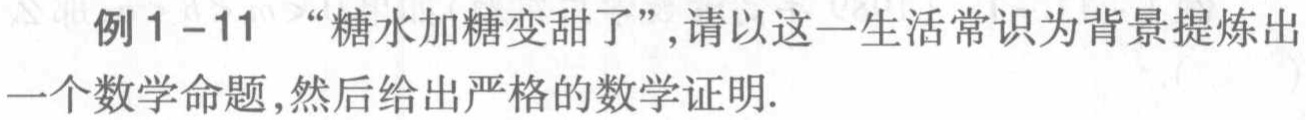
例1 - 11 “糖水加糖变甜了”,请以这一生活常识为背景提炼出一个数学命题,然后给出严格的数学证明.